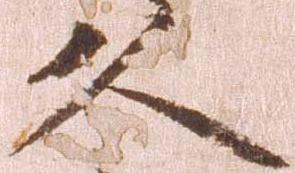
久